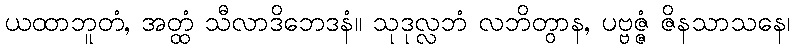
ယထာဘူတံ, အတ္ထံ သီလာဒိဘေဒနံ။ သုဒုလ္လဘံ လဘိတွာန, ပဗ္ဗဇ္ဇံ ဇိနသာသနေ၊